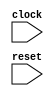
module WithResetTest(
  input   clock,
  input   reset
);
`ifdef RANDOMIZE_REG_INIT
  reg [31:0] _RAND_0;
  reg [31:0] _RAND_1;
`endif // RANDOMIZE_REG_INIT
  reg [3:0] value; // @[Counter.scala 17:33]
  wire  _T_21 = value < 4'h7; // @[MultiClockSpec.scala 62:15]
  wire  _T_28 = value == 4'h7; // @[MultiClockSpec.scala 64:22]
  wire  reset2 = value < 4'h7 ? 1'h0 : _T_28; // @[MultiClockSpec.scala 62:22]
  reg [7:0] reg_; // @[MultiClockSpec.scala 58:56]
  wire [7:0] _T_10 = reg_ + 8'h1; // @[MultiClockSpec.scala 59:14]
  wire  done = value == 4'h9; // @[Counter.scala 25:24]
  wire [3:0] _T_18 = value + 4'h1; // @[Counter.scala 26:22]
  wire [7:0] _GEN_4 = {{4'd0}, value}; // @[MultiClockSpec.scala 63:16]
  wire  _T_31 = value == 4'h8; // @[MultiClockSpec.scala 66:22]
  always @(posedge clock) begin
    if (reset) begin // @[Counter.scala 17:33]
      value <= 4'h0; // @[Counter.scala 17:33]
    end else if (done) begin // @[Counter.scala 28:21]
      value <= 4'h0; // @[Counter.scala 28:29]
    end else begin
      value <= _T_18; // @[Counter.scala 26:13]
    end
    if (reset2 | reset) begin // @[MultiClockSpec.scala 58:56]
      reg_ <= 8'h0; // @[MultiClockSpec.scala 58:56]
    end else begin
      reg_ <= _T_10; // @[MultiClockSpec.scala 59:7]
    end
    `ifndef SYNTHESIS
    `ifdef PRINTF_COND
      if (`PRINTF_COND) begin
    `endif
        if (_T_21 & ~(reg_ == _GEN_4 | reset)) begin
          $fwrite(32'h80000002,"Assertion failed\n    at MultiClockSpec.scala:63 assert(reg_ === cycle)\n"); // @[MultiClockSpec.scala 63:11]
        end
    `ifdef PRINTF_COND
      end
    `endif
    `endif // SYNTHESIS
    `ifndef SYNTHESIS
    `ifdef STOP_COND
      if (`STOP_COND) begin
    `endif
        if (_T_21 & ~(reg_ == _GEN_4 | reset)) begin
          $fatal; // @[MultiClockSpec.scala 63:11]
        end
    `ifdef STOP_COND
      end
    `endif
    `endif // SYNTHESIS
    `ifndef SYNTHESIS
    `ifdef PRINTF_COND
      if (`PRINTF_COND) begin
    `endif
        if (~_T_21 & ~_T_28 & _T_31 & ~(reg_ == 8'h0 | reset)) begin
          $fwrite(32'h80000002,"Assertion failed\n    at MultiClockSpec.scala:67 assert(reg_ === 0.U)\n"); // @[MultiClockSpec.scala 67:11]
        end
    `ifdef PRINTF_COND
      end
    `endif
    `endif // SYNTHESIS
    `ifndef SYNTHESIS
    `ifdef STOP_COND
      if (`STOP_COND) begin
    `endif
        if (~_T_21 & ~_T_28 & _T_31 & ~(reg_ == 8'h0 | reset)) begin
          $fatal; // @[MultiClockSpec.scala 67:11]
        end
    `ifdef STOP_COND
      end
    `endif
    `endif // SYNTHESIS
    `ifndef SYNTHESIS
    `ifdef STOP_COND
      if (`STOP_COND) begin
    `endif
        if (done & ~reset) begin
          $finish; // @[MultiClockSpec.scala 69:21]
        end
    `ifdef STOP_COND
      end
    `endif
    `endif // SYNTHESIS
  end
// Register and memory initialization
`ifdef RANDOMIZE_GARBAGE_ASSIGN
`define RANDOMIZE
`endif
`ifdef RANDOMIZE_INVALID_ASSIGN
`define RANDOMIZE
`endif
`ifdef RANDOMIZE_REG_INIT
`define RANDOMIZE
`endif
`ifdef RANDOMIZE_MEM_INIT
`define RANDOMIZE
`endif
`ifndef RANDOM
`define RANDOM $random
`endif
`ifdef RANDOMIZE_MEM_INIT
  integer initvar;
`endif
`ifndef SYNTHESIS
`ifdef FIRRTL_BEFORE_INITIAL
`FIRRTL_BEFORE_INITIAL
`endif
initial begin
  `ifdef RANDOMIZE
    `ifdef INIT_RANDOM
      `INIT_RANDOM
    `endif
    `ifndef VERILATOR
      `ifdef RANDOMIZE_DELAY
        #`RANDOMIZE_DELAY begin end
      `else
        #0.002 begin end
      `endif
    `endif
`ifdef RANDOMIZE_REG_INIT
  _RAND_0 = {1{`RANDOM}};
  value = _RAND_0[3:0];
  _RAND_1 = {1{`RANDOM}};
  reg_ = _RAND_1[7:0];
`endif // RANDOMIZE_REG_INIT
  `endif // RANDOMIZE
end // initial
`ifdef FIRRTL_AFTER_INITIAL
`FIRRTL_AFTER_INITIAL
`endif
`endif // SYNTHESIS
endmodule